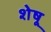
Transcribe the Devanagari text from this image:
शेषू